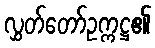
လွှတ်တော်ဥက္ကဋ္ဌ၏